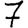
Digit: 7